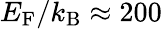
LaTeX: E_{\mathrm{F}}/k_{\mathrm{B}}\approx 200